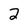
Character: 2